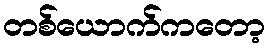
တစ်ယောက်ကတော့